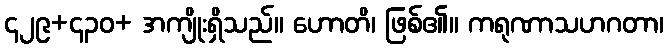
၄၂၉+၄၃၀+ အကျိုးရှိသည်။ ဟောတိ၊ ဖြစ်၏။ ကရုဏာသဟဂတာ၊